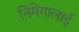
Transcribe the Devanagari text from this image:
निमेगालाई